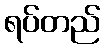
ရပ်တည်